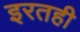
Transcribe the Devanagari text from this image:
इरतही